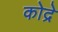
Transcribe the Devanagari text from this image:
कोद्रे